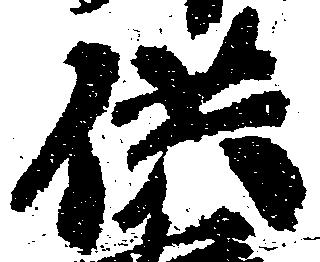
供